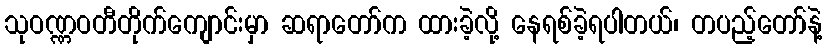
သုဝဏ္ဏဝတီတိုက်ကျောင်းမှာ ဆရာတော်က ထားခဲ့လို့ နေရစ်ခဲ့ရပါတယ်၊ တပည့်တော်နဲ့